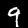
Label: 9